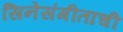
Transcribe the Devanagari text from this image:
सिनेसंगीताची